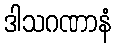
ဒါသဂဏာနံ